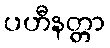
ပဟီနတ္တာ